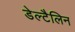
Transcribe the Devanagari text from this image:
डेल्टैलिन